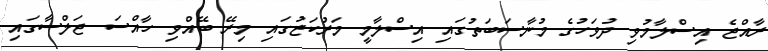
ރާއްޖެ އިސްލާމުވި ދުވަހުގެ މުނާސަބަތުގައި އިސްލާމީ މަރުކަޒުގައި މިރޭ ބޭއްވި ހާއްސަ ޖަލްސާގައި